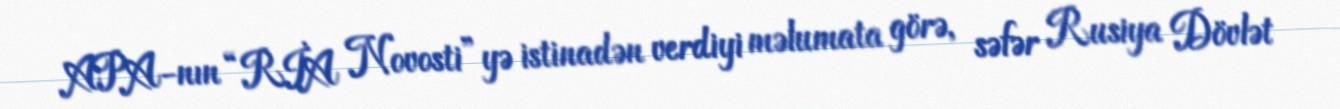
APA-nın “RİA Novosti”yə istinadən verdiyi məlumata görə, səfər Rusiya Dövlət